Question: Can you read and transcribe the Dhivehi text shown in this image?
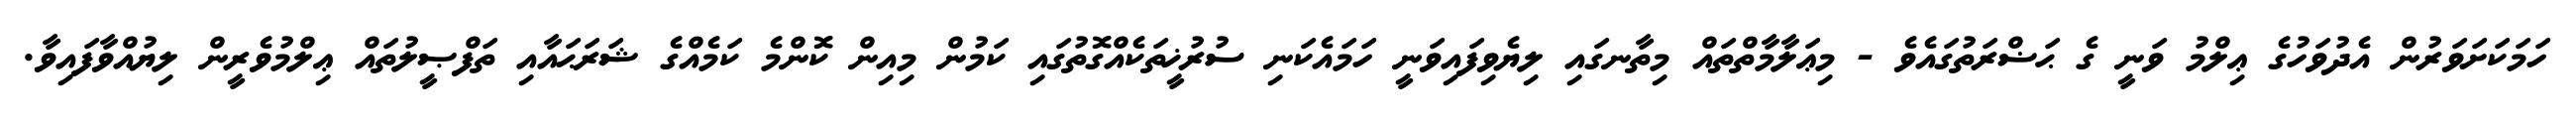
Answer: ހަމަކަށަވަރުން އެދުވަހުގެ ޢިލްމު ވަނީ ގެ ޙަޟްރަތުގައެވެ - މިޢަލާމާތްތައް މިތާނގައި ލިޔެވިފައިވަނީ ހަމައެކަނި ސުރުޚީތަކެއްގޮތުގައި ކަމުން މިއިން ކޮންމެ ކަމެއްގެ ޝަރަޙައާއި ތަފްޞީލުތައް ޢިލްމުވެރީން ލިޔުއްވާފައިވާ.